Annual report on the lock hospitals of the Madras Presidency
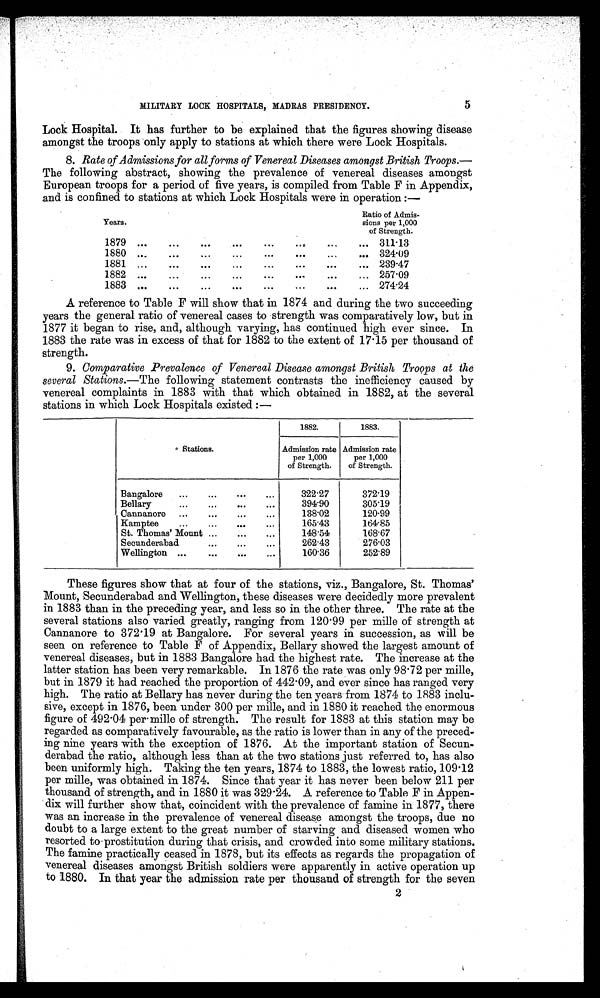
5
MILITARY LOCK HOSPITALS, MADRAS PRESIDENCY.
Lock Hospital. It has further to be explained that the figures showing disease
amongst the troops only apply to stations at which there were Lock Hospitals.
8. Rate of Admissions for all forms of Venereal Diseases amongst British Troops.—
The following abstract, showing the prevalence of venereal diseases amongst
European troops for a period of five years, is compiled from Table F in Appendix,
and is confined to stations at which Lock Hospitals were in operation :—
Years.
Ratio of Admis
sions per 1,000
of Strength.
1879 ...
. . .
. . .
. . .
...
. . .
. . . ... 311·13
1880 ...
...
...
...
. . .
. . .
...
... 324·09
1881 ...
. . .
. . .
...
...
. . .
. . .
... 239·47
1882 ...
...
...
. . .
...
. . .
. . .
... 257·09
1883 ...
. . .
. . .
. . .
...
...
...
... 274·24
A reference to Table F will show that in 1874 and during the two succeeding
years the general ratio of venereal cases to strength was comparatively low, but in
1877 it began to rise, and, although varying, has continued high ever since. In
1883 the rate was in excess of that for 1882 to the extent of 17 . 15 per thousand of
strength.
9. Comparative Prevalence of Venereal Disease amongst British Troops at the
several Stations.—The following statement contrasts the inefficiency caused by
venereal complaints in 1883 with that which obtained in 1882, at the several
stations in which Lock Hospitals existed :—
Stations.
1882.
1883.
Admission rate
per 1,000
of Strength.
Admission rate
per 1,000
of Strength.
Bangalore
...
...
...
...
322·27
372·19
Bellary
...
...
...
...
394·90
305·19
Cannanore
...
...
...
...
138·02
120·99
Kamptee
...
...
...
...
165·43
164·85
St. Thomas' Mount ...
...
...
148·54
168·67
Secunderabad
...
...
...
262·43
276·03
Wellington ...
...
...
...
160·36
252·89
These figures show that at four of the stations, viz., Bangalore, St. Thomas'
Mount, Secunderabad and Wellington, these diseases were decidedly more prevalent
in 1883 than in the preceding year, and less so in the other three. The rate at the
several stations also varied greatly, ranging from 120 . 99 per mile of strength at
Cannanore to 372·19 at Bangalore. For several years in succession, as will be
seen on reference to Table F of Appendix, Bellary showed the largest amount of
venereal diseases, but in 1883 Bangalore had the highest rate. The increase at the
latter station has been very remarkable. In 1876 the rate was only 98 . 72 per mille,
but in 1879 it had reached the proportion of 442 . 09, and ever since has ranged very
high. The ratio at Bellary has never during the ten years from 1874 to 1883 inclu-
sive, except in 1876, been under 300 per mille, and in 1880 it reached the enormous
figure of 492 .04 per mille of strength. The result for 1883 at this station may be
regarded as comparatively favourable, as the ratio is lower than in any of the preced-
ing nine years with the exception of 1876. At the important station of Secun-
derabad the ratio, although less than at the two stations just referred to, has also
been uniformly high. Taking the ten years, 1874 to 1883, the lowest ratio, 109.12
per mille, was obtained in 1874. Since that year it has never been below 211 per
thousand of strength, and in 1880 it was 329 . 24. A reference to Table F in Appen-
dix will further show that, coincident with the prevalence of famine in 1877, there
was an increase in the prevalence of venereal disease amongst the troops, due no
doubt to a large extent to the great number of starving and diseased women who
resorted to prostitution during that crisis, and crowded into some military stations.
The famine practically ceased in 1878, but its effects as regards the propagation of
venereal diseases amongst British soldiers were apparently in active operation up
to 1880. In that year the admission rate per thousand of strength for the seven
2